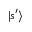
| s ^ { \prime } \rangle